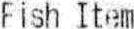
FISH ITEM